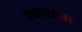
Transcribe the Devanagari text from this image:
प्रकारान्‍तर